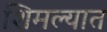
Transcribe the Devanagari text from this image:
शिमल्यात